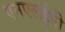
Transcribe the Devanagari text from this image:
एनएलईपी